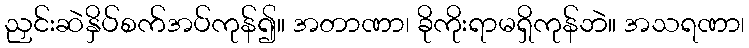
ညှင်းဆဲနှိပ်စက်အပ်ကုန်၍။ အတာဏာ၊ ခိုကိုးရာမရှိကုန်ဘဲ။ အသရဏာ၊